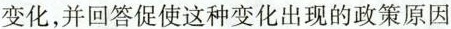
变化，并回答促使这种变化出现的政策原因